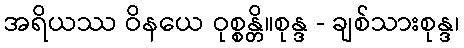
အရိယဿ ဝိနယေ ဝုစ္စန္တိ။စုန္ဒ - ချစ်သားစုန္ဒ၊